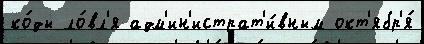
ко́ды ло́вл'я адм'ин'истрат'и́вным окт'ябр'я́